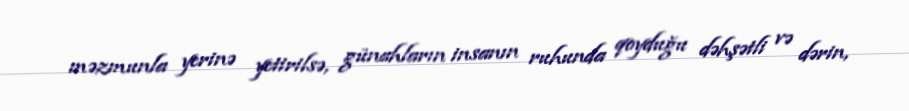
məzmunla yerinə yetirilsə, günahların insanın ruhunda qoyduğu dəhşətli və dərin,